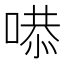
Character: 𠹅